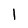
Character: 1